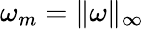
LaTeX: \omega_{m}=\| \omega\| _{\infty}